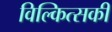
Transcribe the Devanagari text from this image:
विल्कित्सकी